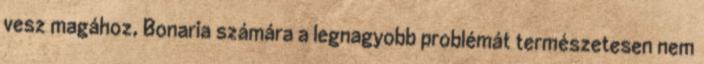
vesz magához, Bonaria számára a legnagyobb problémát természetesen nem